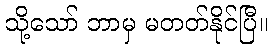
သို့သော် ဘာမှ မတတ်နိုင်ပြီ။